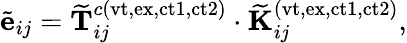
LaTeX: \tilde{\mathbf{e}}_{ij}=\mathbf{\widetilde{T}}_{ij}^{c(\mathrm{vt,ex,ct1,ct2})}\cdot\mathbf{\widetilde{K}}_{ij}^{(\mathrm{vt,ex,ct1,ct2})},